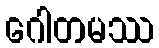
ဂေါတမဿ